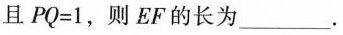
且$$PQ=1$$，则EF的长为___。